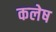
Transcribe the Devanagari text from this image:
कलेष